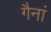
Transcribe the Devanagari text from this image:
गैनां